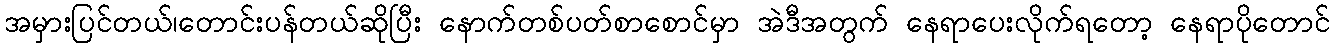
အမှားပြင်တယ်၊တောင်းပန်တယ်ဆိုပြီး နောက်တစ်ပတ်စာစောင်မှာ အဲဒီအတွက် နေရာပေးလိုက်ရတော့ နေရာပိုတောင်